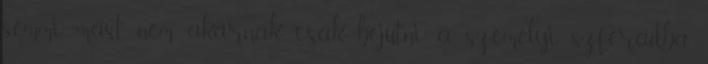
semmi mást nem akarnak, csak bejutni a személyi szférádba.